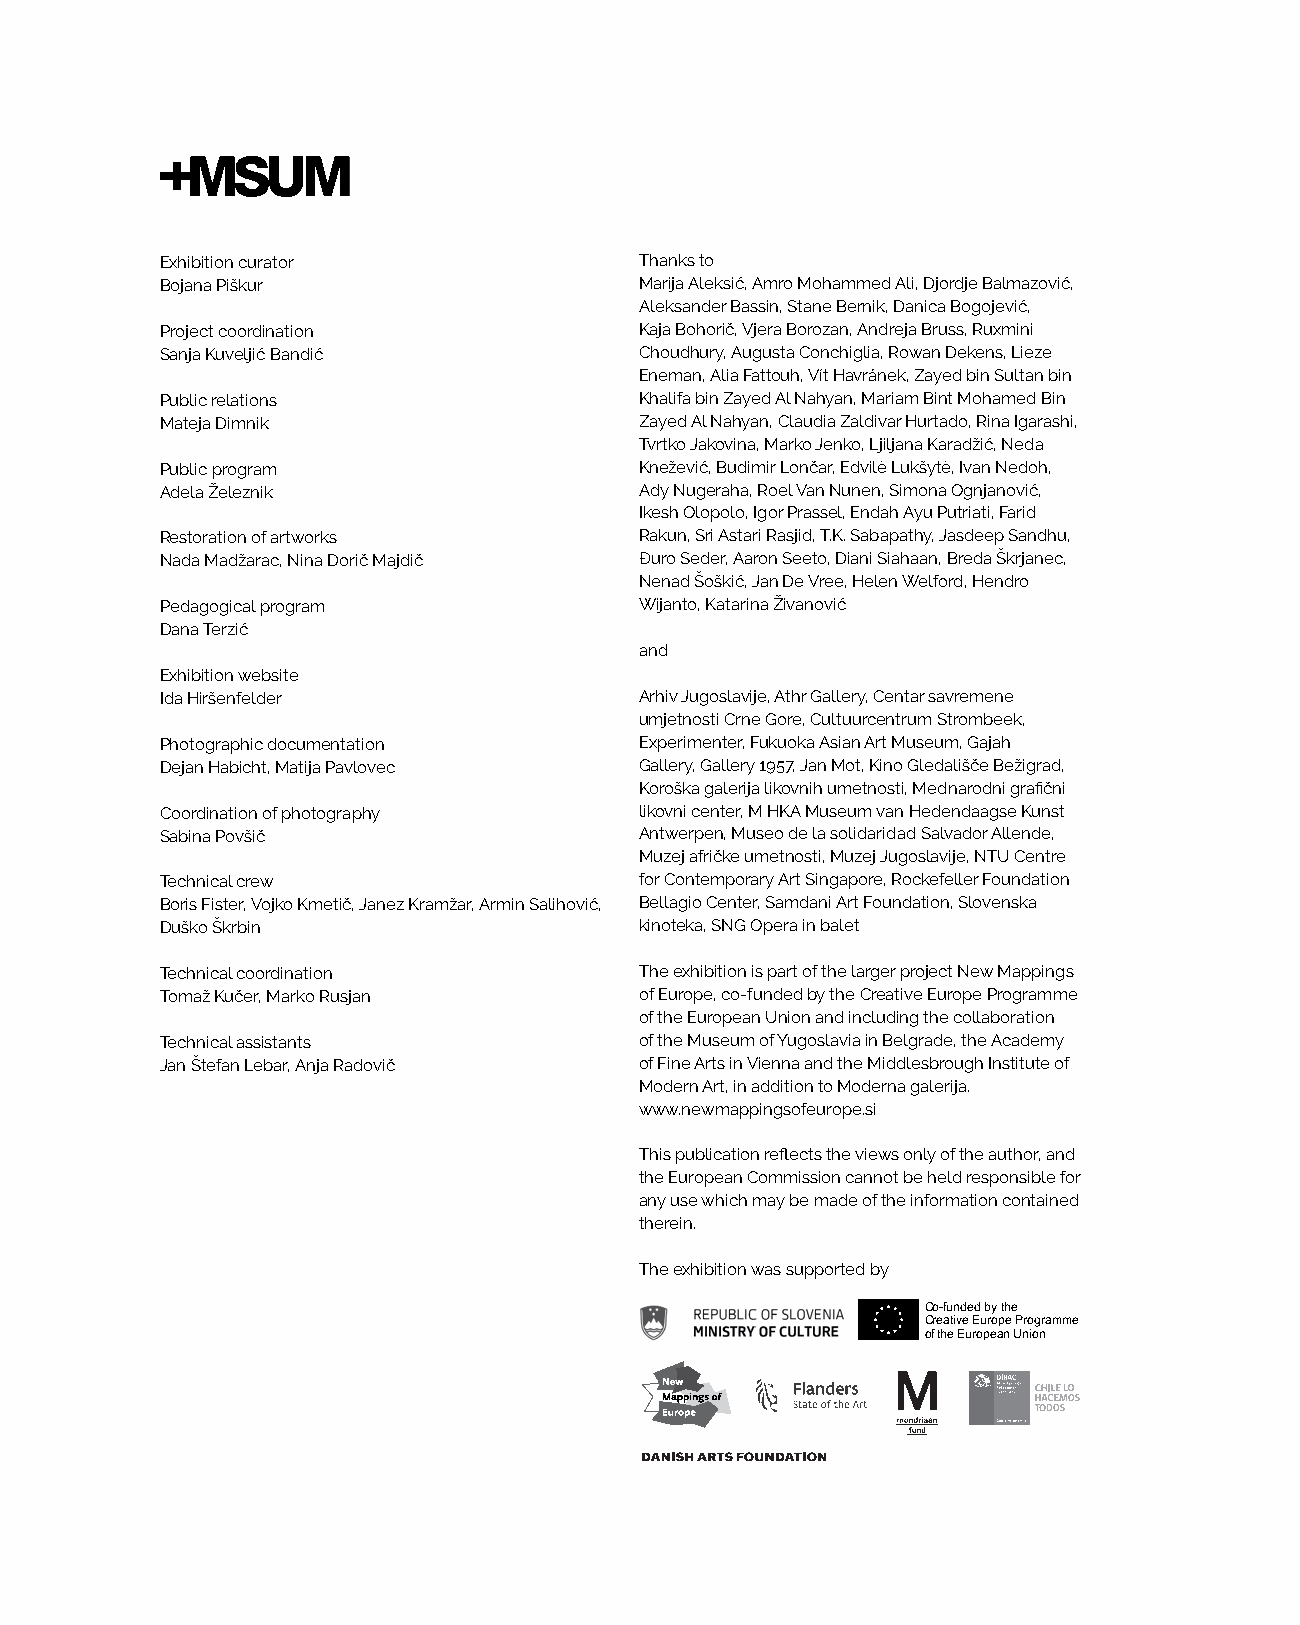
Exhibition curator             Thanks to
 Bojana Piškur                  Marija Aleksić, Amro Mohammed Ali, Djordje Balmazović,
 Aleksander Bassin, Stane Bernik, Danica Bogojević,
 Project coordination           Kaja Bohorič, Vjera Borozan, Andreja Bruss, Ruxmini
 Sanja Kuveljić Bandić          Choudhury, Augusta Conchiglia, Rowan Dekens, Lieze
 Eneman, Alia Fattouh, Vít Havránek, Zayed bin Sultan bin
 Public relations               Khalifa bin Zayed Al Nahyan, Mariam Bint Mohamed Bin
 Mateja Dimnik                  Zayed Al Nahyan, Claudia Zaldivar Hurtado, Rina Igarashi,
 Tvrtko Jakovina, Marko Jenko, Ljiljana Karadžić, Neda
 Public program                 Knežević, Budimir Lončar, Edvilė Lukšytė, Ivan Nedoh,
 Adela Železnik                 Ady Nugeraha, Roel Van Nunen, Simona Ognjanović,
 Ikesh Olopolo, Igor Prassel, Endah Ayu Putriati, Farid
 Restoration of artworks        Rakun, Sri Astari Rasjid, T.K. Sabapathy, Jasdeep Sandhu,
 Nada Madžarac, Nina Dorič Majdič Đuro Seder, Aaron Seeto, Diani Siahaan, Breda Škrjanec,
 Nenad Šoškić, Jan De Vree, Helen Welford, Hendro
 Pedagogical program            Wijanto, Katarina Živanović
 Dana Terzić
 and
 Exhibition website
 Ida Hiršenfelder               Arhiv Jugoslavije, Athr Gallery, Centar savremene
 umjetnosti Crne Gore, Cultuurcentrum Strombeek,
 Photographic documentation     Experimenter, Fukuoka Asian Art Museum, Gajah
 Dejan Habicht, Matija Pavlovec Gallery, Gallery 1957, Jan Mot, Kino Gledališče Bežigrad,
 Koroška galerija likovnih umetnosti, Mednarodni grafični
 Coordination of photography    likovni center, M HKA Museum van Hedendaagse Kunst
 Sabina Povšič                  Antwerpen, Museo de la solidaridad Salvador Allende,
 Muzej afričke umetnosti, Muzej Jugoslavije, NTU Centre
 Technical crew                 for Contemporary Art Singapore, Rockefeller Foundation
 Boris Fister, Vojko Kmetič, Janez Kramžar, Armin Salihović, Bellagio Center, Samdani Art Foundation, Slovenska
 Duško Škrbin                   kinoteka, SNG Opera in balet
 Technical coordination         The exhibition is part of the larger project New Mappings
 Tomaž Kučer, Marko Rusjan      of Europe, co-funded by the Creative Europe Programme
 of the European Union and including the collaboration
 Technical assistants           of the Museum of Yugoslavia in Belgrade, the Academy
 Jan Štefan Lebar, Anja Radovič of Fine Arts in Vienna and the Middlesbrough Institute of
 Modern Art, in addition to Moderna galerija.
 www.newmappingsofeurope.si
 This publication reflects the views only of the author, and
 the European Commission cannot be held responsible for
 any use which may be made of the information contained
 therein.
 The exhibition was supported by
 Co-funded by the
 Creative Europe Programme
 of the European Union